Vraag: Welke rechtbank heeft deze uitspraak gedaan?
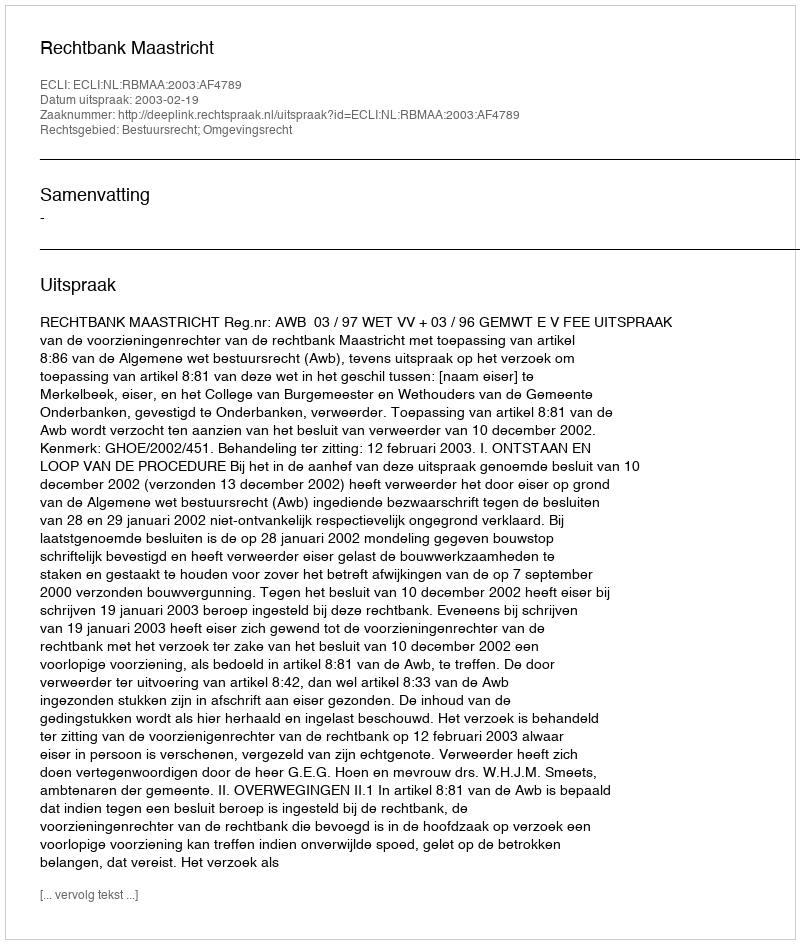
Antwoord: Rechtbank Maastricht